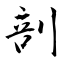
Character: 剖